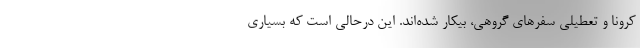
کرونا و تعطیلی سفرهای گروهی، بیکار شده‌اند. این درحالی است که بسیاری